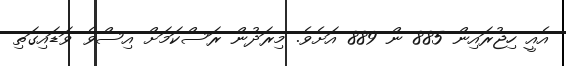
އެއީ ހިޖުރައިން 885 ން 889 އަށެވެ. މިރަދުން ރަސްކަމަށް އިސްވެ ވަޑައިގަތި